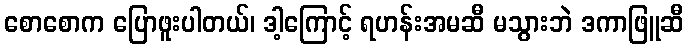
စောစောက ပြောဖူးပါတယ်၊ ဒါ့ကြောင့် ရဟန်းအမဆီ မသွားဘဲ ဒကာဖြူဆီ